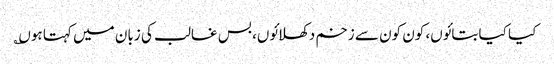
کیا کیا بتائوں، کون کون سے زخم دکھلائوں، بس غالب کی زبان میں کہتا ہوں؎